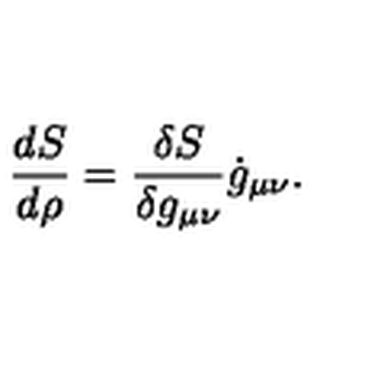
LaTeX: { \frac { d S } { d \rho } } = { \frac { \delta S } { \delta g _ { \mu \nu } } } \dot { g } _ { \mu \nu } .